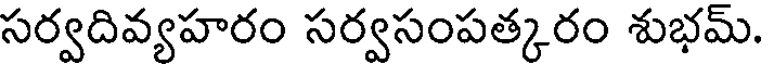
సర్వదివ్యహరం సర్వసంపత్కరం శుభమ్.